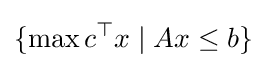
\{\max c^{\top }x\mid Ax\leq b\}